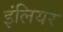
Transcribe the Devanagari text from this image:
इंलियर